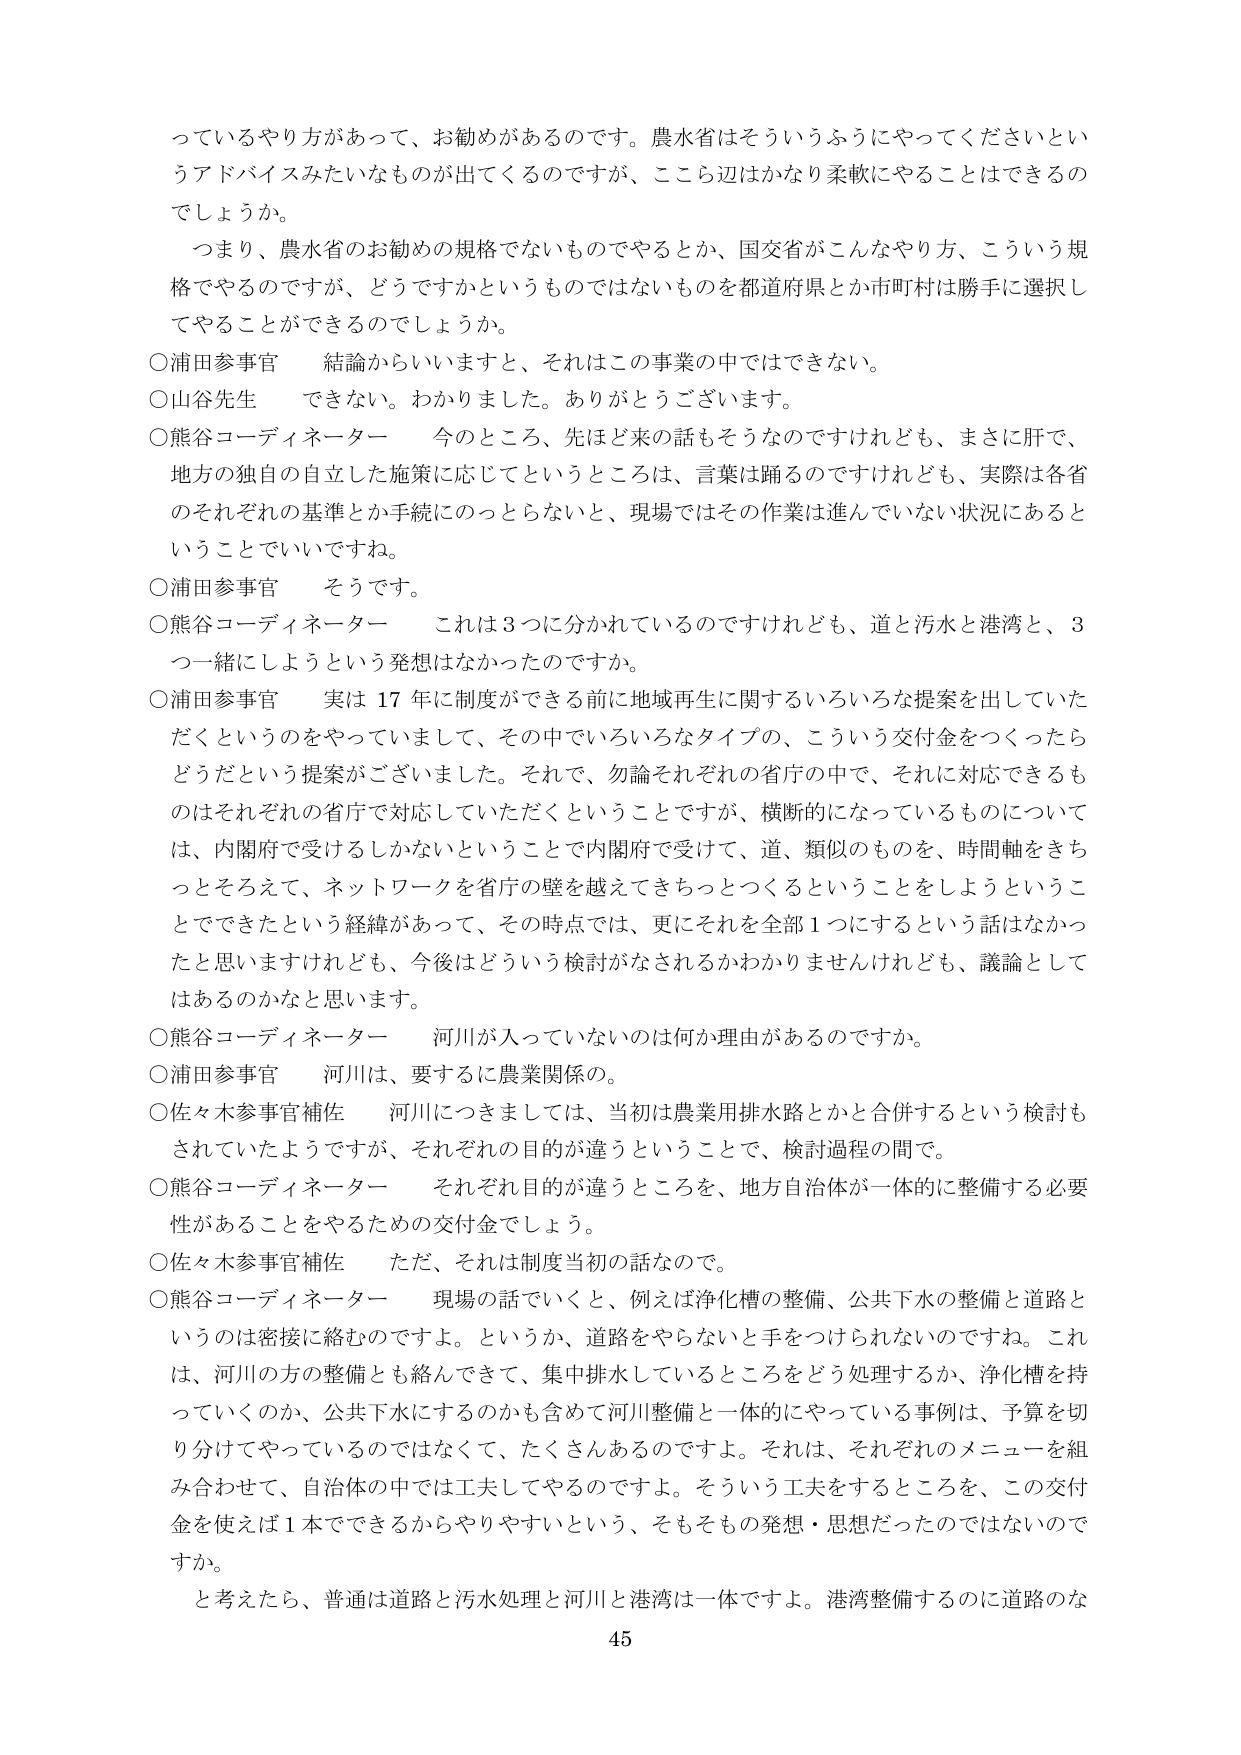
っているやり方があって、お勧めがあるのです。農水省はそういうふうにやってくださいというアドバイスみたいなものが出てくるのですが、ここら辺はかなり柔軟にやることはできるのでしょうか。

つまり、農水省のお勧めの規格でないものでやるとか、国交省がこんなやり方、こういう規格でやるのですが、どうですかというものではないものを都道府県とか市町村は勝手に選択してやることができるのでしょうか。

○浦田参事官　結論からいいますと、それはこの事業の中ではできない。

○山谷先生　できない。わかりました。ありがとうございます。

○熊谷コーディネーター　今のところ、先ほど来の話もそうなのですけれども、まさに肝で、地方の独自の自立した施策に応じてというところは、言葉は踊るのですけれども、実際は各省のそれぞれの基準とか手続にのっとらないと、現場ではその作業は進んでいない状況にあるということです。

○浦田参事官　そうです。

○熊谷コーディネーター　これは3つに分かれているのですけれども、道と汚水と港湾と、3つ一緒にしようという発想はなかったのですか。

○浦田参事官　実は17年に制度ができる前に地域再生に関するいろいろな提案を出していただくというのをやっていまして、その中でいろいろなタイプの、こういう交付金をつくったらどうだという提案がございました。それで、勿論それぞれの省庁の中で、それに対応できるものはそれぞれの省庁で対応していただくということですが、横断的になっているものについては、内閣府で受けるしかないということで内閣府で受けて、道、類似のものを、時間軸をきちっとそろえて、ネットワークを省庁の壁を越えてきちっとつくるということをしようということができたという経緯があって、その時点では、更にそれを全部1つにするという話はなかったと思いますけれども、今後はどういう検討がなされるかわかりませんけれども、議論としてはあるのかなと思います。

○熊谷コーディネーター　河川が入っていないのは何か理由があるのですか。

○浦田参事官　河川は、要するに農業関係の。

○佐々木参事官補佐　河川につきましては、当初は農業用排水路とかと合併するという検討もされていたようですが、それぞれの目的が違うということで、検討過程の間で。

○熊谷コーディネーター　それぞれ目的が違うところを、地方自治体が一体的に整備する必要性があることをやるための交付金でしょう。

○佐々木参事官補佐　ただ、それは制度当初の話なので。

○熊谷コーディネーター　現場の話でいくと、例えば浄化槽の整備、公共下水の整備と道路というのは密接に絡むのですよ。というか、道路をやらないと手をつけられないのですね。これは、河川の方の整備とも絡んできて、集中排水しているところをどう処理するか、浄化槽を持っていくのか、公共下水にするのかも含めて河川整備と一体的にやっている事例は、予算を切り分けてやっているのではなくて、たくさんあるのですよ。それは、それぞれのメニューを組み合わせて、自治体の中では工夫してやるのですよ。そういう工夫をするところを、この交付金を使えば1本でできるからやりやすいという、そもそもその発想・思想だったのではないですか。

と考えたら、普通は道路と汚水処理と河川と港湾は一体ですよ。港湾整備するのに道路のな

45